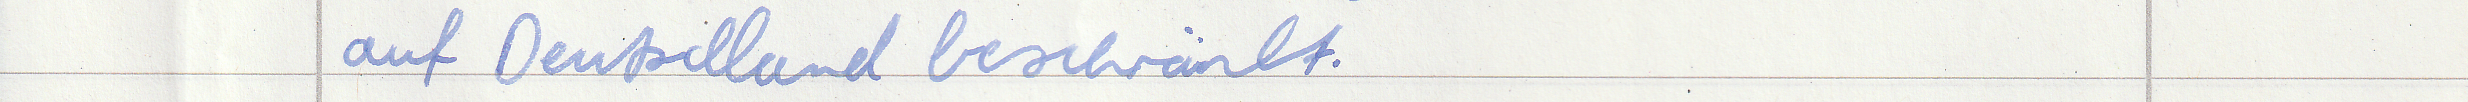
auf Deutschland beschränkt.